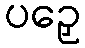
ပဉှေ